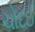
ચોદઈ